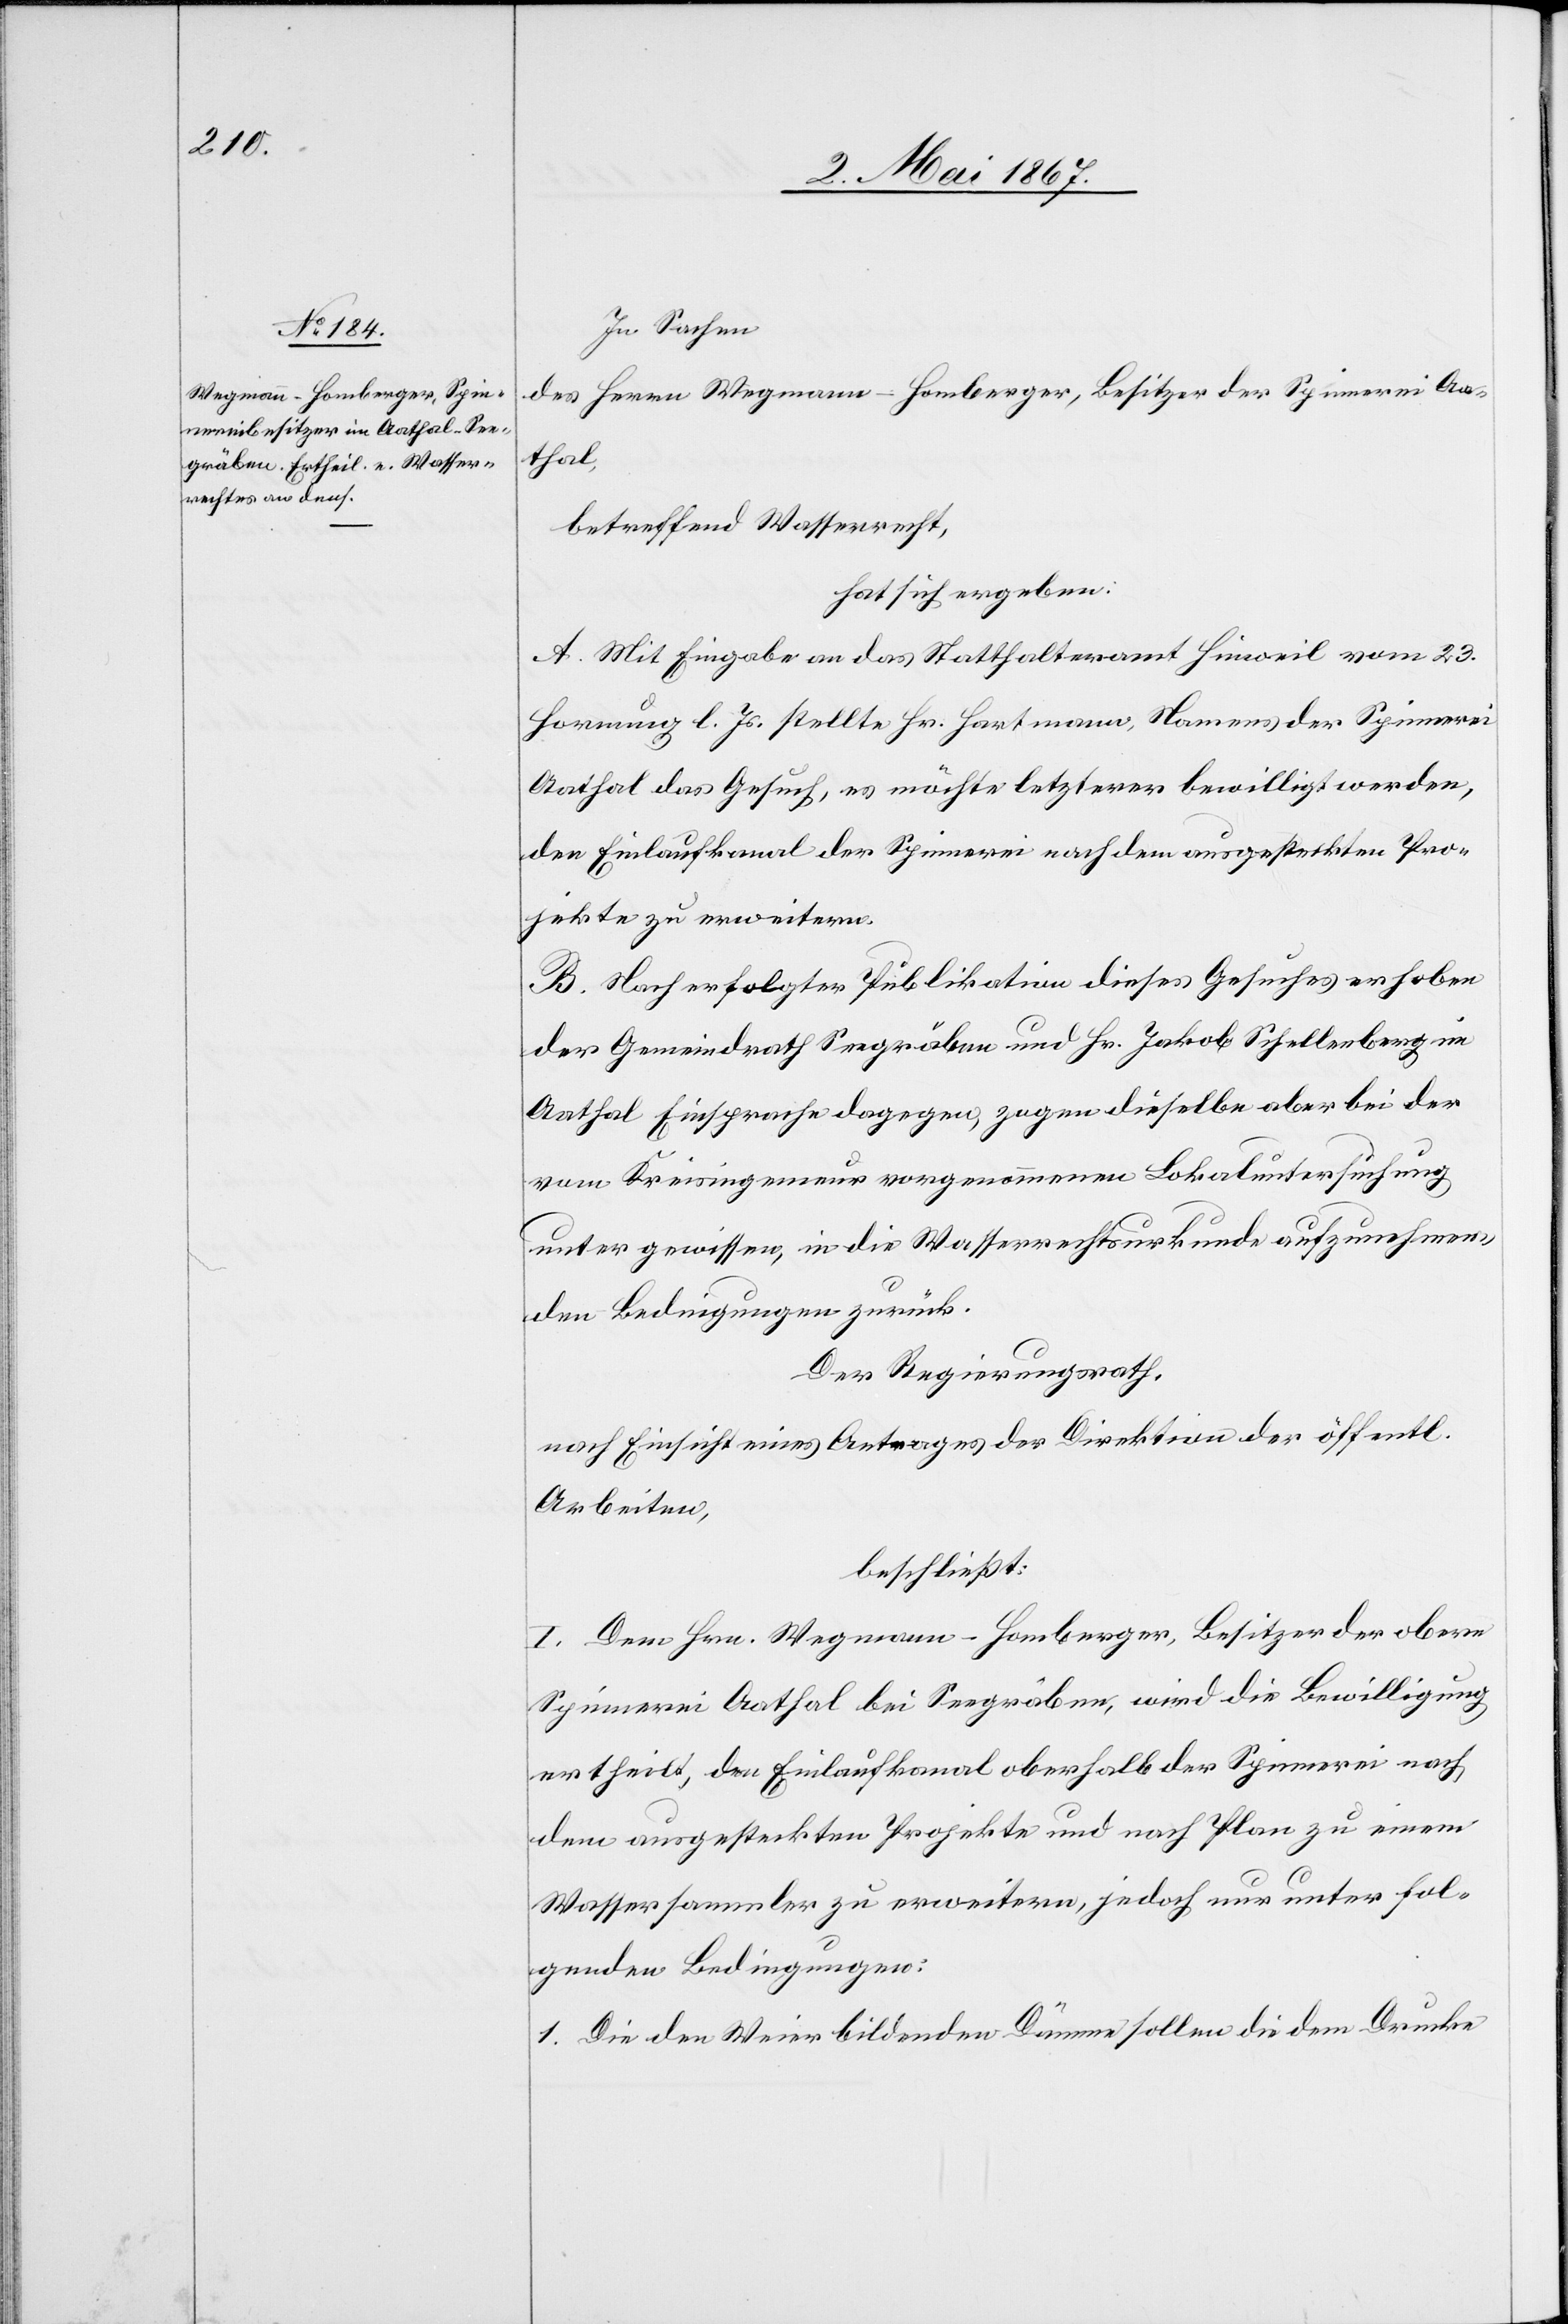
In Sachen
des Herrn Wegmann-Homberger, Besitzer der Spinnerei Aa¬
thal,
betreffend Wasserrecht,
hat sich ergeben:
A. Mit Eingabe an das Statthalteramt Hinweil vom 23.
Hornung l. Js. stellte Hr. Hartmann, Namens der Spinnerei
Aathal das Gesuch, es möchte letzterer bewilligt werden,
den Einlaufkanal der Spinnerei nach dem ausgesteckten Pro¬
jekte zu erweitern.
B. Nach erfolgter Publikation dieses Gesuches erhoben
der Gemeindrath Seegräben und Hr. Jakob Schellenberg im
Aathal Einsprache dagegen, zogen dieselbe aber bei der
vom Kreisingenieur vorgenommenen Lokaluntersuchung
unter gewissen, in die Wasserrechtsurkunde aufzunehmen¬
den Bedingungen zurück.
Der Regierungsrath,
nach Einsicht eines Antrages der Direktion der öffentl.
Arbeiten,
beschließt:
I. Dem Hrn. Wegmann-Homberger, Besitzer der obern
Spinnerei Aathal bei Seegräben, wird die Bewilligung
ertheilt, den Einlaufkanal oberhalb der Spinnerei nach
dem ausgesteckten Projekte und nach Plan zu einem
Wassersammler zu erweitern, jedoch nur unter fol¬
genden Bedingungen:
1. Die den Weier bildenden Dämme sollen die dem Drucke